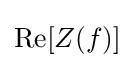
\operatorname {Re} [Z(f)]